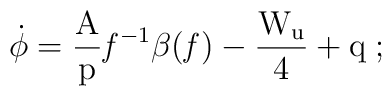
\rm \dot\phi ={A\over p} {\it f}^{-1}\beta ({\it f}) - {W_u\over 4} +q\;;